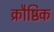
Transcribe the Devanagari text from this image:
क्रौष्ठिक